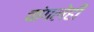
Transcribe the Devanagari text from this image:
चांगलेही